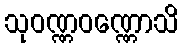
သုဝဏ္ဏဝဏ္ဏောသိ